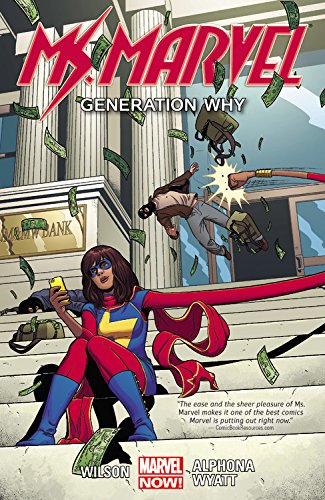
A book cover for Ms. Marvel Volume 2: Generation Why; G. Willow Wilson; Comics & Graphic Novels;